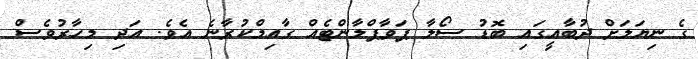
ގެ ނިޔަލަށް ދުބާއީގައި ބޮޑު ސޯލާ ޕަވާޕްލާންޓެއް ގާއިމްކުރާނެ އެވެ. އަދި މިހާރުވެސް